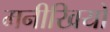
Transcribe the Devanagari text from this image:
मनीखियों